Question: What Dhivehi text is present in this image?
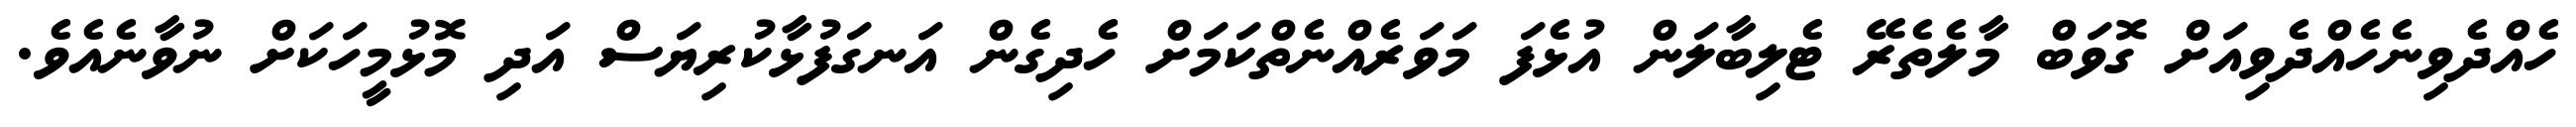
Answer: ހެއްދެވިނެހެއްދެވިއަށް ގޮވަބް މާލެތެރޭ ޓެލިބާލަން އުޅެފަ މަވަރެއްނެތްކަމަށް ހެދިގެން އަނގަފުޅާކުރިޔަސް އަދި މޮޅުމީހަކަށް ނުވާނެއެވެ.